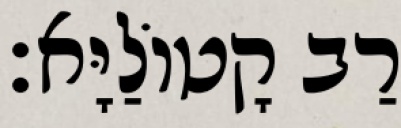
רַב קָטוֹלַיָּא׃